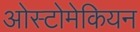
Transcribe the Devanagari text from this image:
ओस्टोमेकियन